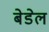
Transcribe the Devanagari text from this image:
बेडेल